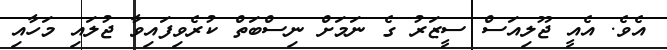
އެވެ. އެއީ ޖޫލިއަސް ސީޒަރު ގެ ނަމަށް ނިސްބަތް ކުރެވިފައިވާ ޖުލައި މަހާއި